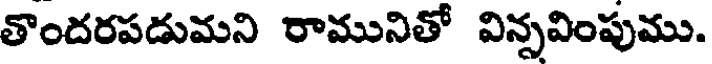
తొందరపడుమని రామునితో విన్సవింపుము.